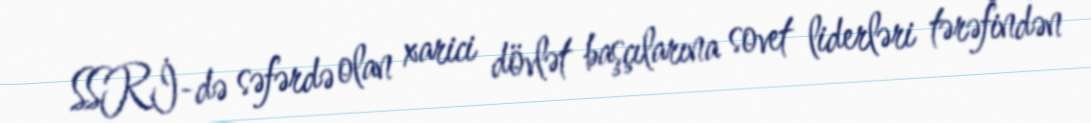
SSRİ-də səfərdə olan xarici dövlət başçılarına sovet liderləri tərəfindən